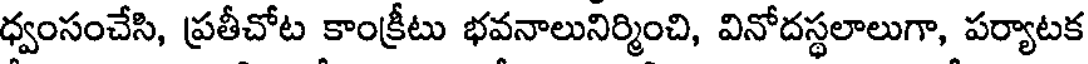
ధ్వంసంచేసి, ప్రతీచోట కాంక్రీటు భవనాలునిర్మించి, వినోదస్థలాలుగా, పర్యాటక